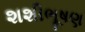
શશીભૂષણ